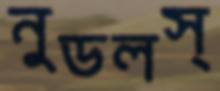
নুডলস্